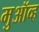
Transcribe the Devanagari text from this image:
मुऑव्ह